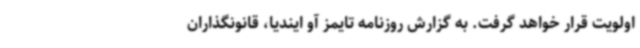
اولویت قرار خواهد گرفت. به گزارش روزنامه تایمز آو ایندیا، قانونگذاران